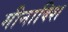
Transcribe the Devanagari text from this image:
मीनाक्शि